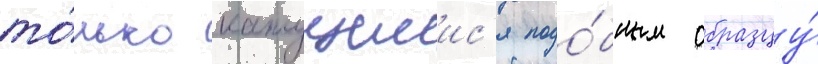
то́лько кажущиис'я подо́бным образцу́